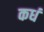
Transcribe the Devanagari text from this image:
कधं